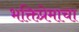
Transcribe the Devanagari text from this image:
भक्तिप्रेमाचा